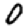
Digit: 0